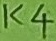
Text: K4